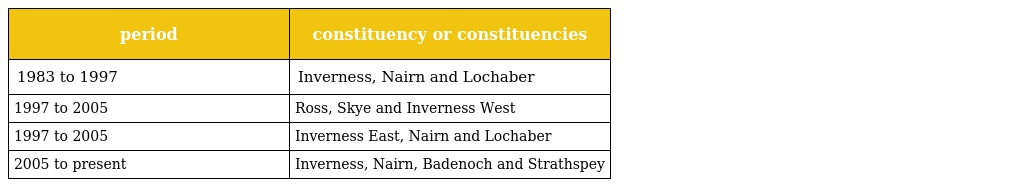
| period | constituency or constituencies |
 | --- | --- |
 | 1983 to 1997 | Inverness, Nairn and Lochaber |
 | 1997 to 2005 | Ross, Skye and Inverness West |
 | 1997 to 2005 | Inverness East, Nairn and Lochaber |
 | 2005 to present | Inverness, Nairn, Badenoch and Strathspey |